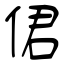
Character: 侰